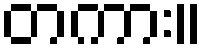
တကား။